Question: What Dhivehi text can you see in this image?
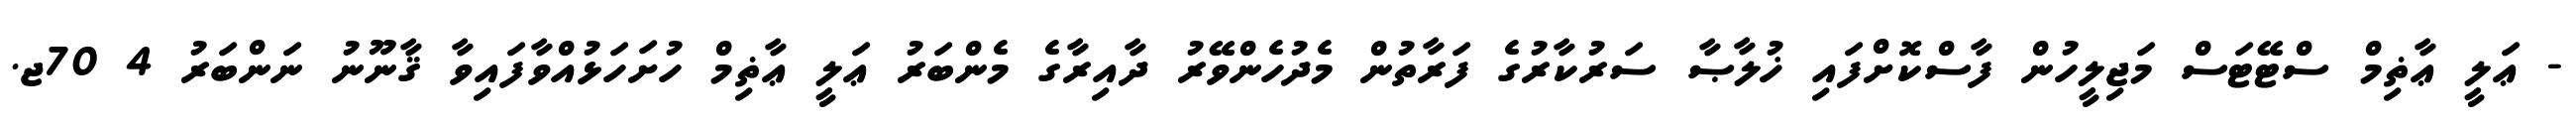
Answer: - ޢަލީ ޢާޡިމް ސްޓޭޓަސް މަޖިލީހުން ފާސްކޮށްފައި ޚުލާޞާ ސަރުކާރުގެ ފަރާތުން މެދުހެންވޭރު ދާއިރާގެ މެންބަރު ޢަލީ ޢާޡިމް ހުށަހަޅުއްވާފައިވާ ޤާނޫނު ނަންބަރު 4 70ޖ.